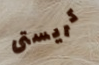
كريستى